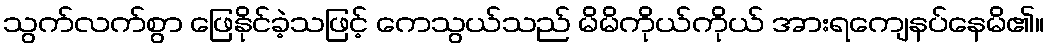
သွက်လက်စွာ ဖြေနိုင်ခဲ့သဖြင့် ကေသွယ်သည် မိမိကိုယ်ကိုယ် အားရကျေနပ်နေမိ၏။